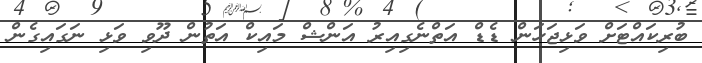
ބުރިކައްޓަށް ވަޅިޖަހަން ޑެޑް އަތްނެގިއިރު އަންޝް މައިކް އަތުން ދޫވި ވަޅި ނަގައިގެން